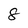
Character: 8